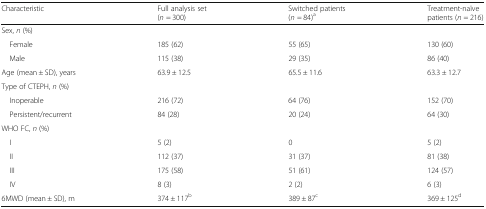
<table><thead><tr><td><b>Characteristic</b></td><td><b>Full analysis set(<i>n</i> = 300)</b></td><td><b>Switched patients(<i>n</i> = 84)<sup>a</sup></b></td><td><b>Treatment-naïvepatients (<i>n</i> = 216)</b></td></tr></thead><tbody><tr><td colspan="4">Sex, <i>n</i> (%)</td></tr><tr><td> Female</td><td>185 (62)</td><td>55 (65)</td><td>130 (60)</td></tr><tr><td> Male</td><td>115 (38)</td><td>29 (35)</td><td>86 (40)</td></tr><tr><td>Age (mean ± SD), years</td><td>63.9 ± 12.5</td><td>65.5 ± 11.6</td><td>63.3 ± 12.7</td></tr><tr><td colspan="4">Type of CTEPH, <i>n</i> (%)</td></tr><tr><td> Inoperable</td><td>216 (72)</td><td>64 (76)</td><td>152 (70)</td></tr><tr><td> Persistent/recurrent</td><td>84 (28)</td><td>20 (24)</td><td>64 (30)</td></tr><tr><td colspan="4">WHO FC, <i>n</i> (%)</td></tr><tr><td> I</td><td>5 (2)</td><td>0</td><td>5 (2)</td></tr><tr><td> II</td><td>112 (37)</td><td>31 (37)</td><td>81 (38)</td></tr><tr><td> III</td><td>175 (58)</td><td>51 (61)</td><td>124 (57)</td></tr><tr><td> IV</td><td>8 (3)</td><td>2 (2)</td><td>6 (3)</td></tr><tr><td>6MWD (mean ± SD), m</td><td>374 ± 117<sup>b</sup></td><td>389 ± 87<sup>c</sup></td><td>369 ± 125<sup>d</sup></td></tr></tbody></table>